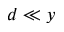
d \ll y